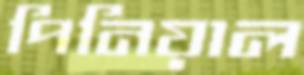
পিনিয়াল